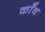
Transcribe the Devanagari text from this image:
काँव